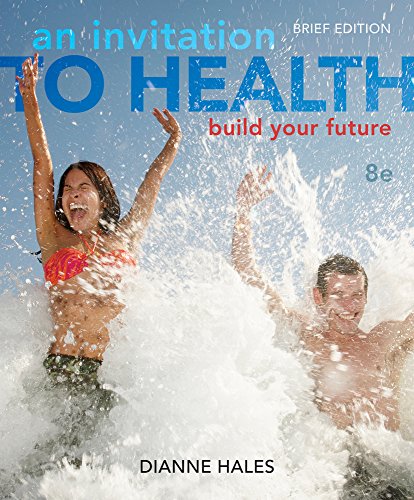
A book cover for An Invitation to Health: Building Your Future, Brief Edition (with Personal Wellness Guide); Dianne Hales; Medical Books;